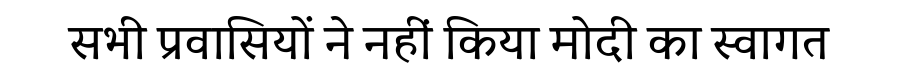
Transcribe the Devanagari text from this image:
सभी प्रवासियों ने नहीं किया मोदी का स्वागत